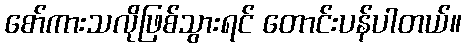
စော်ကားသလိုဖြစ်သွားရင် တောင်းပန်ပါတယ်။